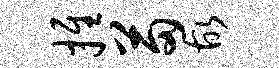
推苗故